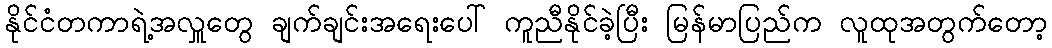
နိုင်ငံတကာရဲ့အလှူတွေ ချက်ချင်းအရေးပေါ် ကူညီနိုင်ခဲ့ပြီး မြန်မာပြည်က လူထုအတွက်တော့